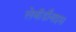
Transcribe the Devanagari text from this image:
लेबॉर्डॉनाइस